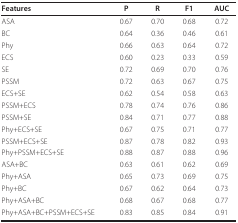
<table><thead><tr><td><b>Features</b></td><td><b>P</b></td><td><b>R</b></td><td><b>F1</b></td><td><b>AUC</b></td></tr></thead><tbody><tr><td>ASA</td><td>0.67</td><td>0.70</td><td>0.68</td><td>0.72</td></tr><tr><td>BC</td><td>0.64</td><td>0.36</td><td>0.46</td><td>0.61</td></tr><tr><td>Phy</td><td>0.66</td><td>0.63</td><td>0.64</td><td>0.72</td></tr><tr><td>ECS</td><td>0.60</td><td>0.23</td><td>0.33</td><td>0.59</td></tr><tr><td>SE</td><td>0.72</td><td>0.69</td><td>0.70</td><td>0.76</td></tr><tr><td>PSSM</td><td>0.72</td><td>0.63</td><td>0.67</td><td>0.75</td></tr><tr><td>ECS+SE</td><td>0.62</td><td>0.54</td><td>0.58</td><td>0.63</td></tr><tr><td>PSSM+ECS</td><td>0.78</td><td>0.74</td><td>0.76</td><td>0.86</td></tr><tr><td>PSSM+SE</td><td>0.84</td><td>0.71</td><td>0.77</td><td>0.88</td></tr><tr><td>Phy+ECS+SE</td><td>0.67</td><td>0.75</td><td>0.71</td><td>0.77</td></tr><tr><td>PSSM+ECS+SE</td><td>0.87</td><td>0.78</td><td>0.82</td><td>0.93</td></tr><tr><td>Phy+PSSM+ECS+SE</td><td>0.88</td><td>0.87</td><td>0.88</td><td>0.96</td></tr><tr><td>ASA+BC</td><td>0.63</td><td>0.61</td><td>0.62</td><td>0.69</td></tr><tr><td>Phy+ASA</td><td>0.65</td><td>0.73</td><td>0.69</td><td>0.75</td></tr><tr><td>Phy+BC</td><td>0.67</td><td>0.62</td><td>0.64</td><td>0.73</td></tr><tr><td>Phy+ASA+BC</td><td>0.68</td><td>0.67</td><td>0.68</td><td>0.77</td></tr><tr><td>Phy+ASA+BC+PSSM+ECS+SE</td><td>0.83</td><td>0.85</td><td>0.84</td><td>0.91</td></tr></tbody></table>